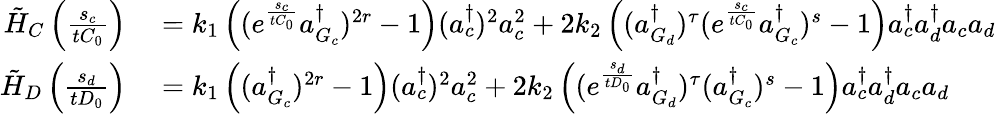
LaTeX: \begin{array}{rl}{\tilde{H}_{C}\left(\frac{s_{c}}{tC_{0}}\right)}&{{}=k_{1}\left((e^{\frac{s_{c}}{tC_{0}}}a_{G_{c}}^{\dagger})^{2r}-1\right)(a_{c}^{\dagger})^{2}a_{c}^{2}+2k_{2}\left((a_{G_{d}}^{\dagger})^{\tau}(e^{\frac{s_{c}}{tC_{0}}}a_{G_{c}}^{\dagger})^{s}-1\right)a_{c}^{\dagger}a_{d}^{\dagger}a_{c}a_{d}}\\ {\tilde{H}_{D}\left(\frac{s_{d}}{tD_{0}}\right)}&{{}=k_{1}\left((a_{G_{c}}^{\dagger})^{2r}-1\right)(a_{c}^{\dagger})^{2}a_{c}^{2}+2k_{2}\left((e^{\frac{s_{d}}{tD_{0}}}a_{G_{d}}^{\dagger})^{\tau}(a_{G_{c}}^{\dagger})^{s}-1\right)a_{c}^{\dagger}a_{d}^{\dagger}a_{c}a_{d}}\end{array}